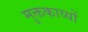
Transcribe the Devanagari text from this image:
मुक्तकाव्यों